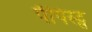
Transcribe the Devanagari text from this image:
पॅपिस्ट्स